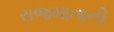
રાજમાતાની